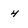
Character: 4